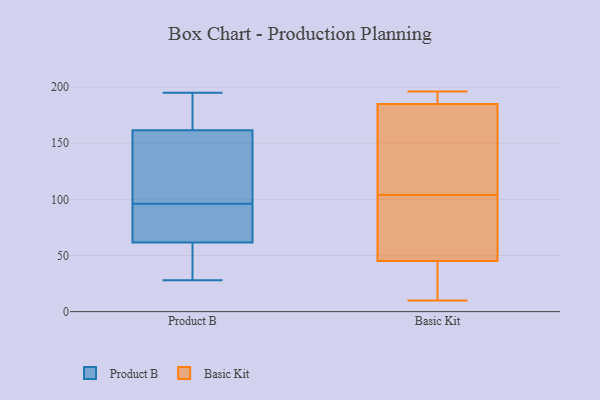
{"axis": {"x": "Latency (ms)", "y": "Value"}, "legend": ["Basic Kit", "Product B"], "data": [{"x": "", "y": 194, "type": "Product B"}, {"x": "", "y": 37, "type": "Product B"}, {"x": "", "y": 189, "type": "Product B"}, {"x": "", "y": 141, "type": "Product B"}, {"x": "", "y": 82, "type": "Product B"}, {"x": "", "y": 28, "type": "Product B"}, {"x": "", "y": 76, "type": "Product B"}, {"x": "", "y": 195, "type": "Product B"}, {"x": "", "y": 98, "type": "Product B"}, {"x": "", "y": 89, "type": "Product B"}, {"x": "", "y": 194, "type": "Product B"}, {"x": "", "y": 54, "type": "Product B"}, {"x": "", "y": 96, "type": "Product B"}, {"x": "", "y": 102, "type": "Product B"}, {"x": "", "y": 42, "type": "Product B"}, {"x": "", "y": 108, "type": "Product B"}, {"x": "", "y": 96, "type": "Product B"}, {"x": "", "y": 182, "type": "Product B"}, {"x": "", "y": 69, "type": "Product B"}, {"x": "", "y": 48, "type": "Product B"}, {"x": "", "y": 196, "type": "Basic Kit"}, {"x": "", "y": 10, "type": "Basic Kit"}, {"x": "", "y": 176, "type": "Basic Kit"}, {"x": "", "y": 19, "type": "Basic Kit"}, {"x": "", "y": 117, "type": "Basic Kit"}, {"x": "", "y": 53, "type": "Basic Kit"}, {"x": "", "y": 21, "type": "Basic Kit"}, {"x": "", "y": 185, "type": "Basic Kit"}, {"x": "", "y": 74, "type": "Basic Kit"}, {"x": "", "y": 185, "type": "Basic Kit"}, {"x": "", "y": 191, "type": "Basic Kit"}, {"x": "", "y": 104, "type": "Basic Kit"}, {"x": "", "y": 74, "type": "Basic Kit"}]}